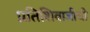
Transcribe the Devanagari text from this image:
प्रतिशिवाजीची